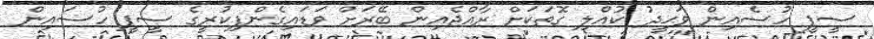
ސީޕީ ހުސެއިން ވަޙީދު ކުއްލި ގޮތަކަށް ރާއްޖެއިން ބޭރަށް ވަޑައިގެންފިކުރީގެ ސީޕީ ހުސައިން